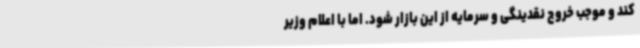
کند و موجب خروج نقدینگی و سرمایه از این بازار شود. اما با اعلام وزیر